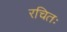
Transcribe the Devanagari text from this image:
रचितः